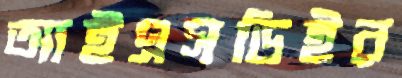
আইএসডিইর